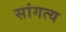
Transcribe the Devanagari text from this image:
सांगत्य